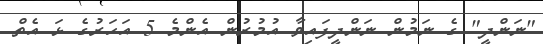
"ނަންދީ" ގެ ނަމުން ނަންދީފައިވާ އުމުރުން އެންމެ 5 އަހަރުގެ ޅަ އެތް